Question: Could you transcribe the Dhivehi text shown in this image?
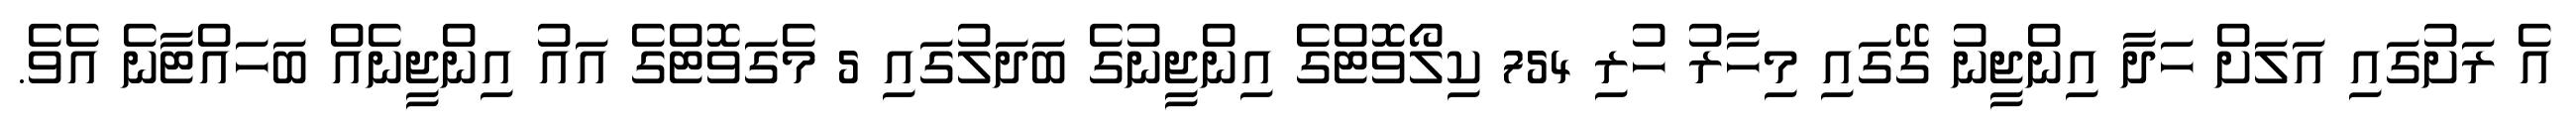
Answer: އެ ރަށުގައި އަލަށް ހަދާ އިންޖީނު ގޭގައި މިހާރު ހުރި 754 ކިލޯވޮޓްގެ އިންޖީނުގެ ބަދަލުގައި 5 މެގަވޮޓްގެ އައު އިންޖީނެއް ބަހައްޓާނެ އެވެ.